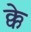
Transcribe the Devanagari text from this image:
क्के